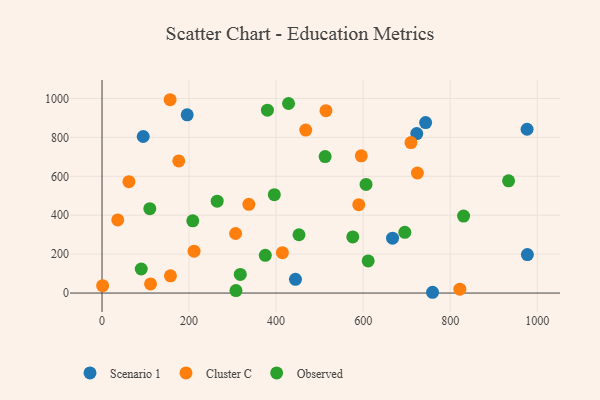
{"axis": {"x": "Study Hours", "y": "Rating"}, "legend": ["Cluster C", "Observed", "Scenario 1"], "data": [{"x": "94.7", "y": 804.4, "type": "Scenario 1"}, {"x": "195.7", "y": 915.7, "type": "Scenario 1"}, {"x": "723.2", "y": 819.7, "type": "Scenario 1"}, {"x": "759.5", "y": 4.0, "type": "Scenario 1"}, {"x": "667.6", "y": 281.9, "type": "Scenario 1"}, {"x": "743.6", "y": 875.9, "type": "Scenario 1"}, {"x": "444.5", "y": 70.5, "type": "Scenario 1"}, {"x": "976.7", "y": 841.8, "type": "Scenario 1"}, {"x": "977.4", "y": 197.9, "type": "Scenario 1"}, {"x": "709.9", "y": 773.2, "type": "Cluster C"}, {"x": "157.2", "y": 88.5, "type": "Cluster C"}, {"x": "590.0", "y": 454.0, "type": "Cluster C"}, {"x": "414.5", "y": 207.3, "type": "Cluster C"}, {"x": "822.2", "y": 19.7, "type": "Cluster C"}, {"x": "156.5", "y": 993.5, "type": "Cluster C"}, {"x": "1.4", "y": 37.9, "type": "Cluster C"}, {"x": "595.8", "y": 705.1, "type": "Cluster C"}, {"x": "176.3", "y": 679.0, "type": "Cluster C"}, {"x": "468.1", "y": 837.5, "type": "Cluster C"}, {"x": "61.8", "y": 572.5, "type": "Cluster C"}, {"x": "36.1", "y": 375.7, "type": "Cluster C"}, {"x": "337.4", "y": 456.0, "type": "Cluster C"}, {"x": "724.7", "y": 617.0, "type": "Cluster C"}, {"x": "111.5", "y": 46.8, "type": "Cluster C"}, {"x": "306.9", "y": 306.0, "type": "Cluster C"}, {"x": "211.5", "y": 215.0, "type": "Cluster C"}, {"x": "514.6", "y": 937.2, "type": "Cluster C"}, {"x": "512.7", "y": 701.3, "type": "Observed"}, {"x": "830.8", "y": 395.4, "type": "Observed"}, {"x": "576.2", "y": 288.3, "type": "Observed"}, {"x": "109.8", "y": 433.4, "type": "Observed"}, {"x": "606.7", "y": 558.3, "type": "Observed"}, {"x": "264.6", "y": 472.1, "type": "Observed"}, {"x": "611.6", "y": 165.2, "type": "Observed"}, {"x": "695.8", "y": 312.3, "type": "Observed"}, {"x": "317.7", "y": 95.8, "type": "Observed"}, {"x": "395.9", "y": 505.4, "type": "Observed"}, {"x": "90.1", "y": 123.5, "type": "Observed"}, {"x": "208.5", "y": 371.3, "type": "Observed"}, {"x": "452.6", "y": 299.6, "type": "Observed"}, {"x": "428.6", "y": 974.1, "type": "Observed"}, {"x": "380.1", "y": 939.9, "type": "Observed"}, {"x": "934.2", "y": 576.6, "type": "Observed"}, {"x": "307.8", "y": 12.5, "type": "Observed"}, {"x": "375.2", "y": 194.0, "type": "Observed"}]}